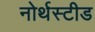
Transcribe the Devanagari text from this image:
नोर्थस्टीड